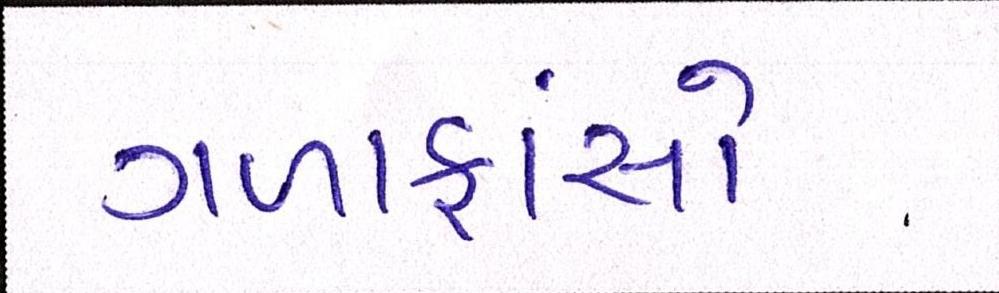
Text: ગળાફાંસો